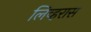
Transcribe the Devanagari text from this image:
लिव्हरास